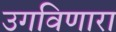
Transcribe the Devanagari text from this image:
उगविणारा